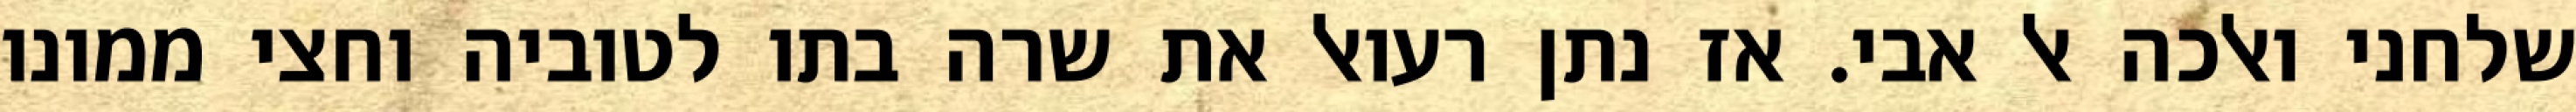
שלחני ואלכה אל אבי. אז נתן רעואל את שרה בתו לטוביה וחצי ממונו